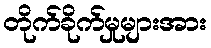
တိုက်ခိုက်မှုများအား